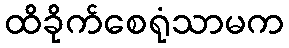
ထိခိုက်စေရုံသာမက